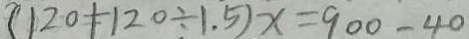
( 1 2 0 + 1 2 0 \div 1 . 5 ) x = 9 0 0 - 4 0